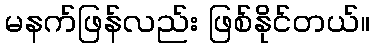
မနက်ဖြန်လည်း ဖြစ်နိုင်တယ်။